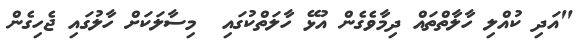
"އަދި ކުއްލި ހާލާތްތައް ދިމާވެގެން އުޅޭ ހާލަތްކުގައި  މިސާލަކަށް ހާލުގައި ޖެހިގެން